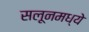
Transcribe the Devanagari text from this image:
सलूनमध्ये